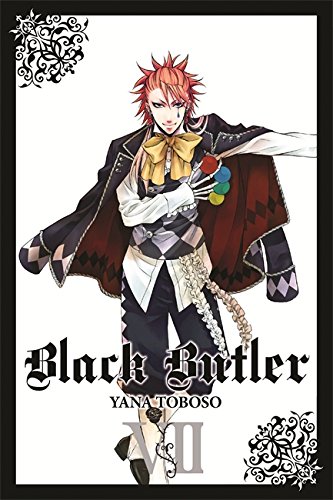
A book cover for Black Butler, Vol. 7; Comics & Graphic Novels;